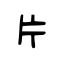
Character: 片